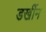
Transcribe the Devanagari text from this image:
डर्खीम